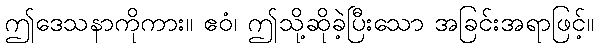
ဤဒေသနာကိုကား။ ဧဝံ၊ ဤသို့ဆိုခဲ့ပြီးသော အခြင်းအရာဖြင့်။